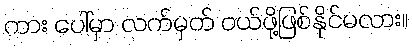
ကား ပေါ်မှာ လက်မှတ် ဝယ်ဖို့ဖြစ်နိုင်မလား။